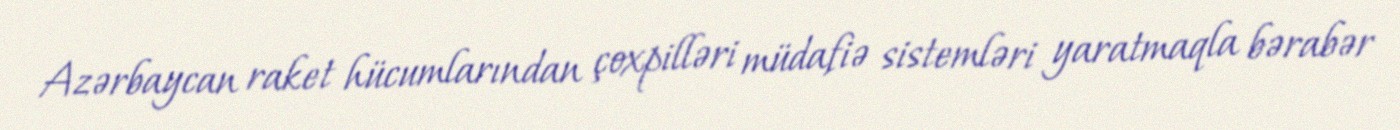
Azərbaycan raket hücumlarından çoxpilləri müdafiə sistemləri yaratmaqla bərabər